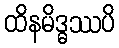
ထိနမိဒ္ဓဿပိ